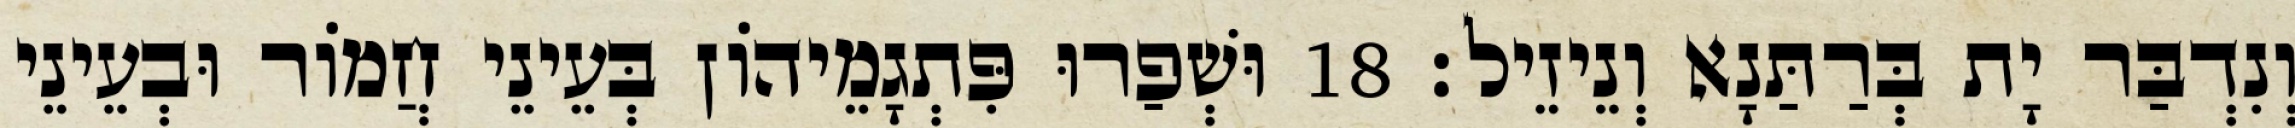
וְנִדְבַּר יָת בְּרַתַּנָא וְנֵיזֵיל׃ 18 וּשְׁפַרוּ פִּתְגָמֵיהוֹן בְּעֵינֵי חֲמוֹר וּבְעֵינֵי